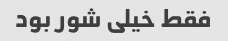
فقط خیلی شور بود